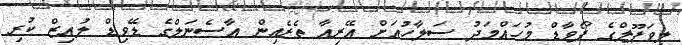
ލިވަޕޫލްގެ ފޯވާޑް މުހައްމަދު ސަލާހުއަށް އޭރިއާ ތެރެއިން އާސެނަލްގެ ޑޭވިޑް ލުއިޒް ކުރި